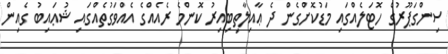
ސިންގަޕޫރުގެ ހޮޓަލެއްގައި މަޑުކޮށްގެން ދެ ޢާއިލާތިބިއިރު ކޮންމެ ރެއެއްގެ އެއްވަގުތެއްގައި ޝުޢައިބު ގެއިން